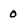
Character: 0